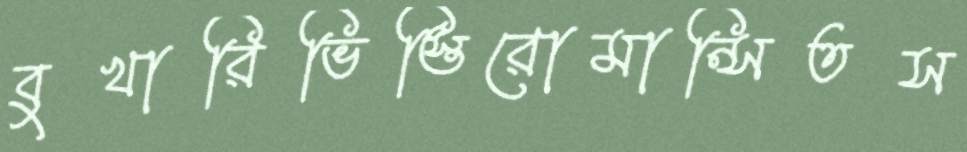
বুখারিভিস্তিরোমান্সিতস